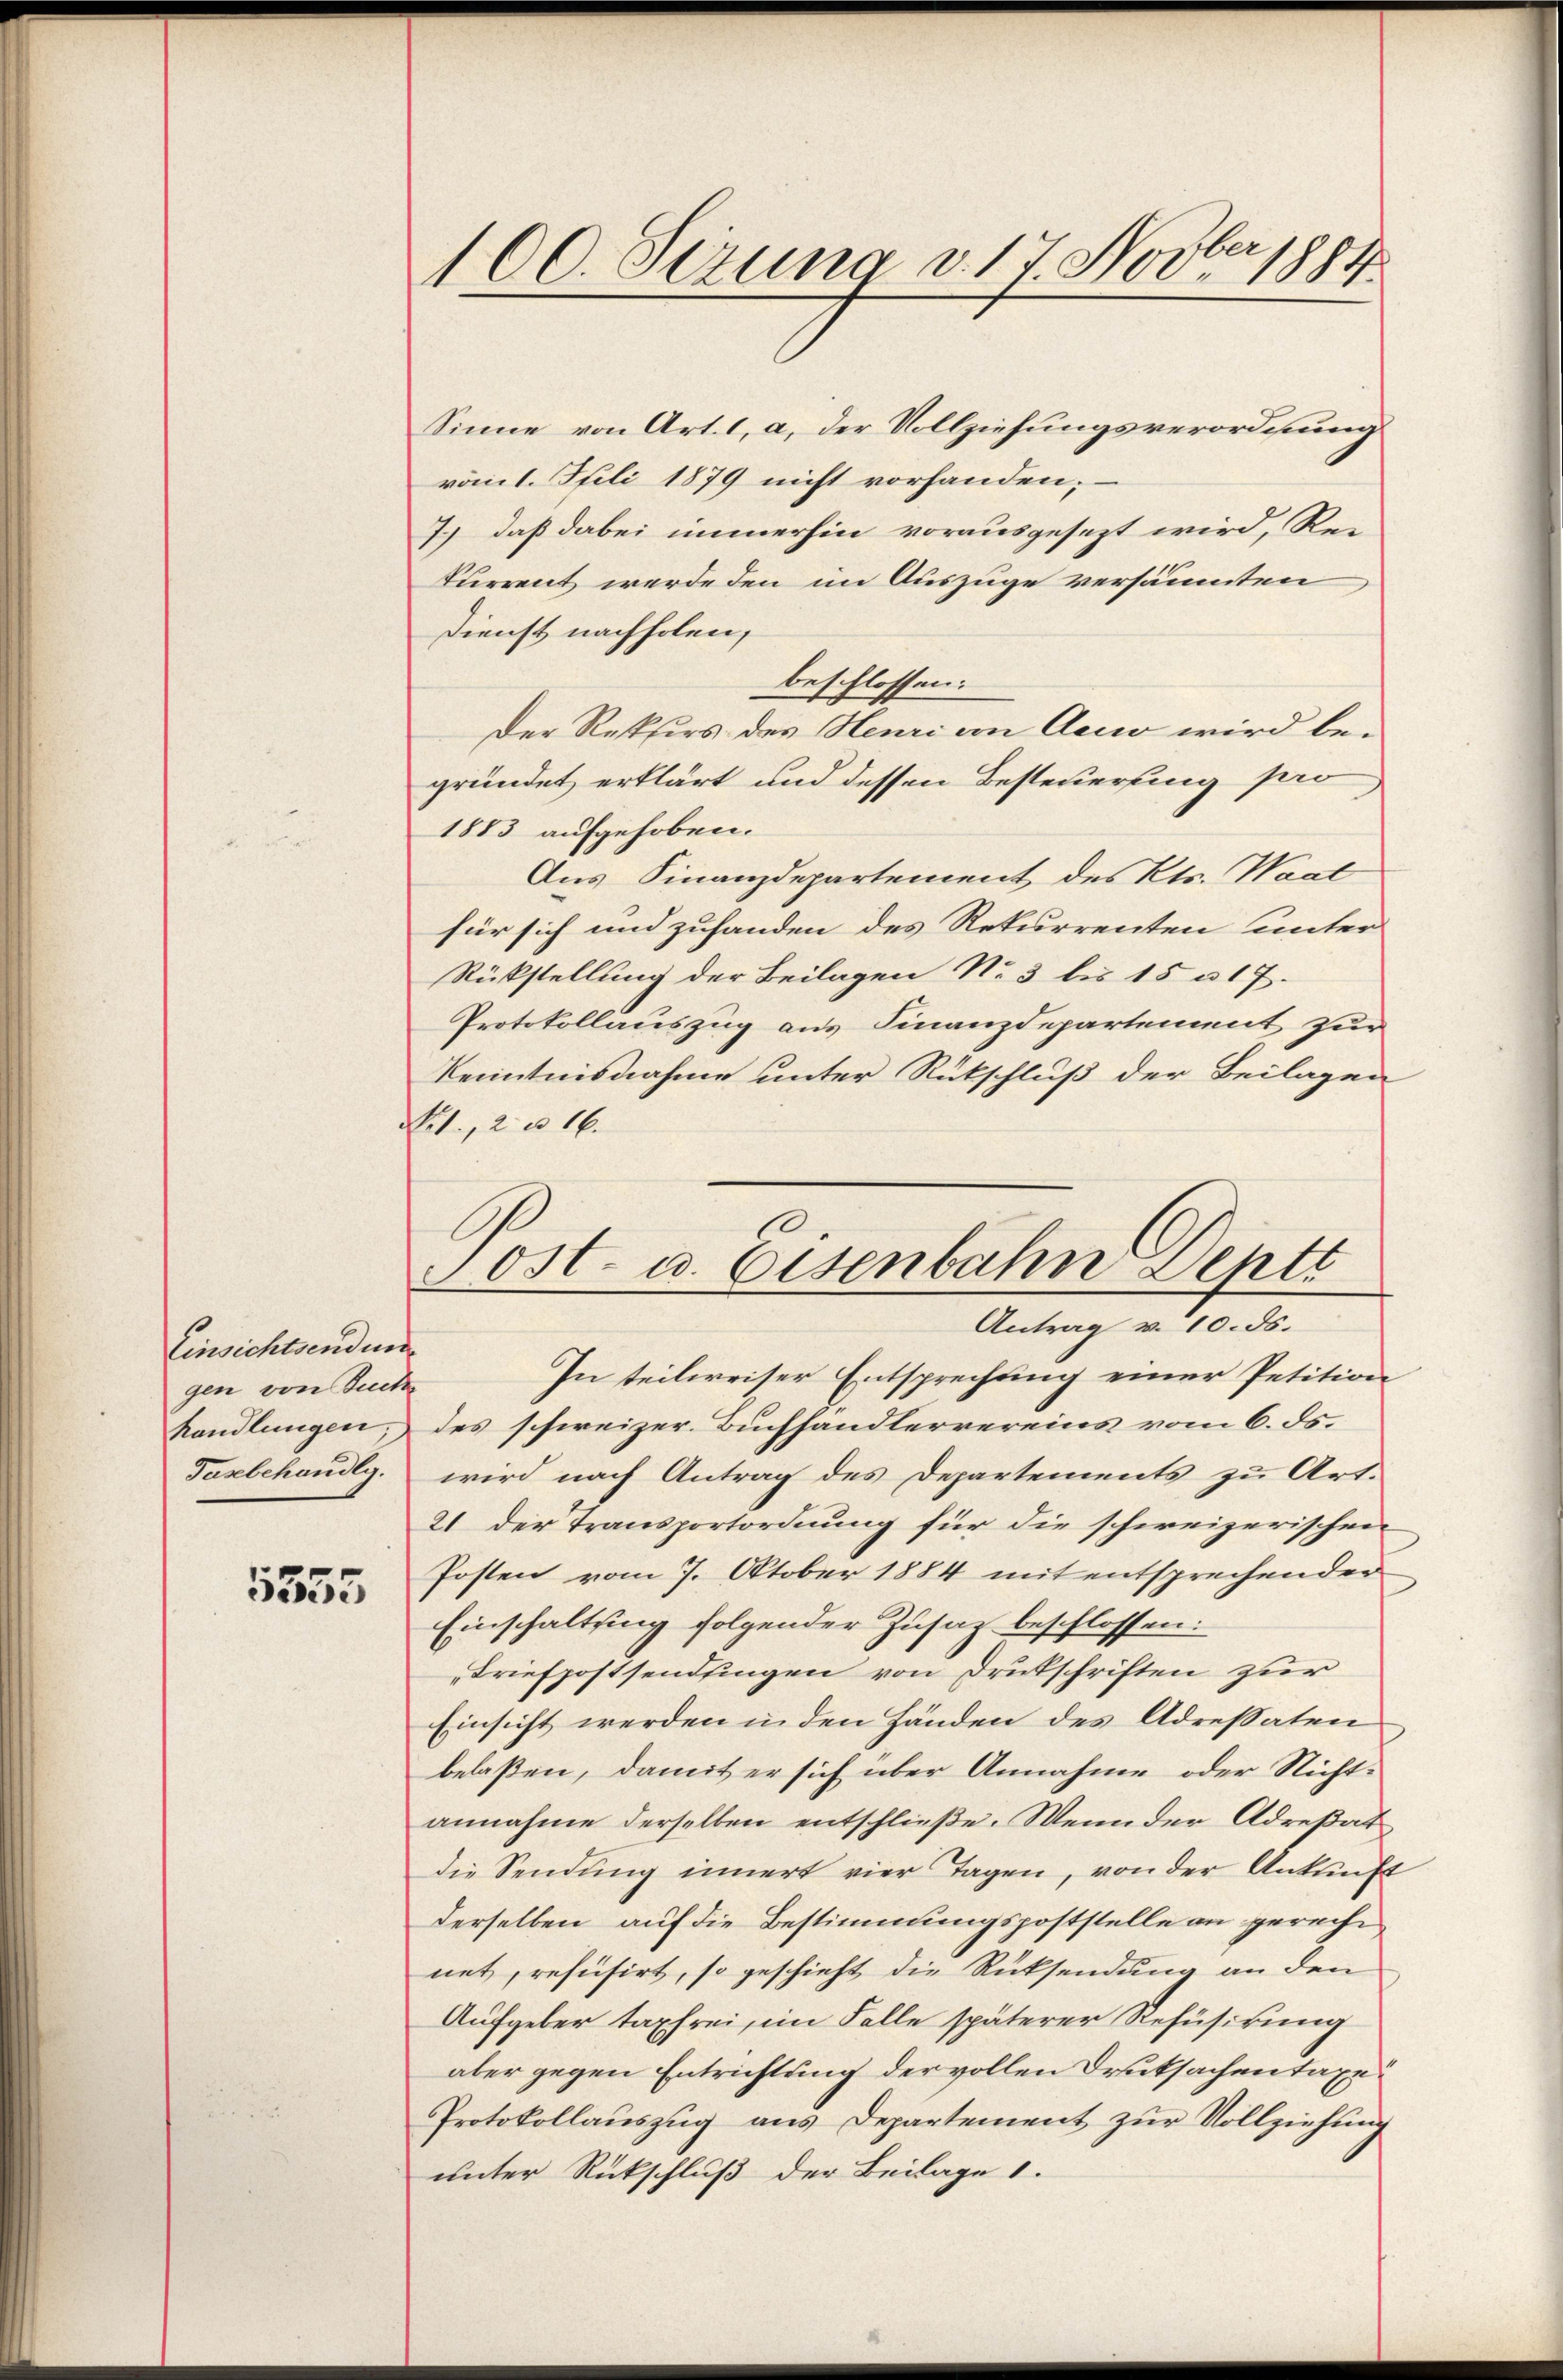
Einsichtsendun
gen von Zuck
handlungen
Tasbehandlg.

5555

f

Sinne von Art. 1, a, der Vollziehungsverordnung
ront. Pfili 1879 nicht vorhanden;
7.) daß dabei immerhin vorausgesezt wird, Rekurrent werde den im Auszuge versäumten
Dienst nachholen,
beschlossen:
Der Rekurs des Heuri in Acco wird begründet erklärt und dessen Besteuerung pero
1883 aufgehoben.
Aus Finanzdepartement des Kts. Waat
für sich und zufanden des Rekurrenten unter
Rückstellung der Beilagen No 3 bis 15 n 17.
Protokollauszug aus Finanzdepartement zur
Kenntnisnahme unter Rückschluß der Beilagen
Fel., 2 u. 16.
Post- u. Eisenbahn Deptt

In teilweiser Entsprechung einer Petition
des schweizer. Buchhändlervereins vom 6. ds.
wird nach Antrag des Departements zu Art.
21 der Transportordnung für die schweizerischen
Posten vom 7. Oktober 1884 mit entsprechender
Einschaltung folgender Zusatz beschlossen:
Triefpostsendsingen von Drukschriften zur
Einsicht werden in den Händen des Adressaten
belaßen, damit er sich über Annahme oder Nicht-
annahme derselben entschließe. Wenn der Adresat
die Sendung innert vier Tagen, von der Ankunft
derselben auf die Bestimmungspoststelle an gerechn
net, refusirt, so geschieht die Rücksendung an den
Aufgeber tapfrei, im Falle späterer Refüsirung
aber gegen Entrichtung der vollen Druksachen taxi¬
Protokollauszug aus Departement zur Vollziehung
unter Rückschluß der Beilage 1.

100. Sezung v. 17 Novber 1884

Antrag v. 10. ds.